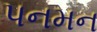
પનમન